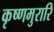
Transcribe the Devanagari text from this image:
कृष्णमुरारि